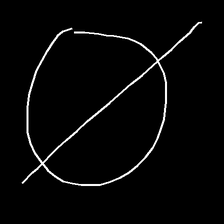
Glyph: orb